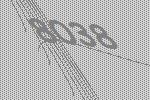
8038